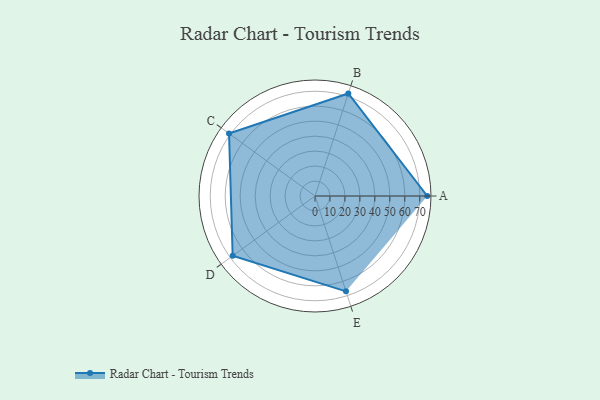
{"axis": {"x": "Skill", "y": "Score"}, "legend": ["Profile"], "data": [{"x": "A", "y": 75.0, "type": "Profile"}, {"x": "B", "y": 72.0, "type": "Profile"}, {"x": "C", "y": 71.0, "type": "Profile"}, {"x": "D", "y": 68.0, "type": "Profile"}, {"x": "E", "y": 67.0, "type": "Profile"}]}